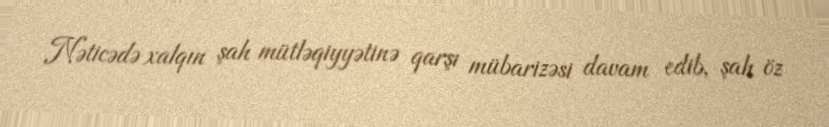
Nəticədə xalqın şah mütləqiyyətinə qarşı mübarizəsi davam edib, şah öz